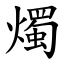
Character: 燭